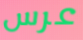
عرس